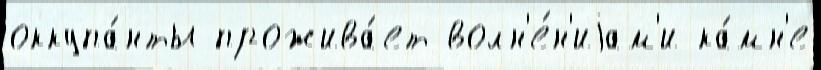
оккупа́нты прожива́ет волн'е́н'иjам'и ка́мн'е